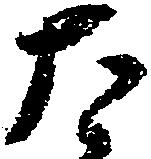
太